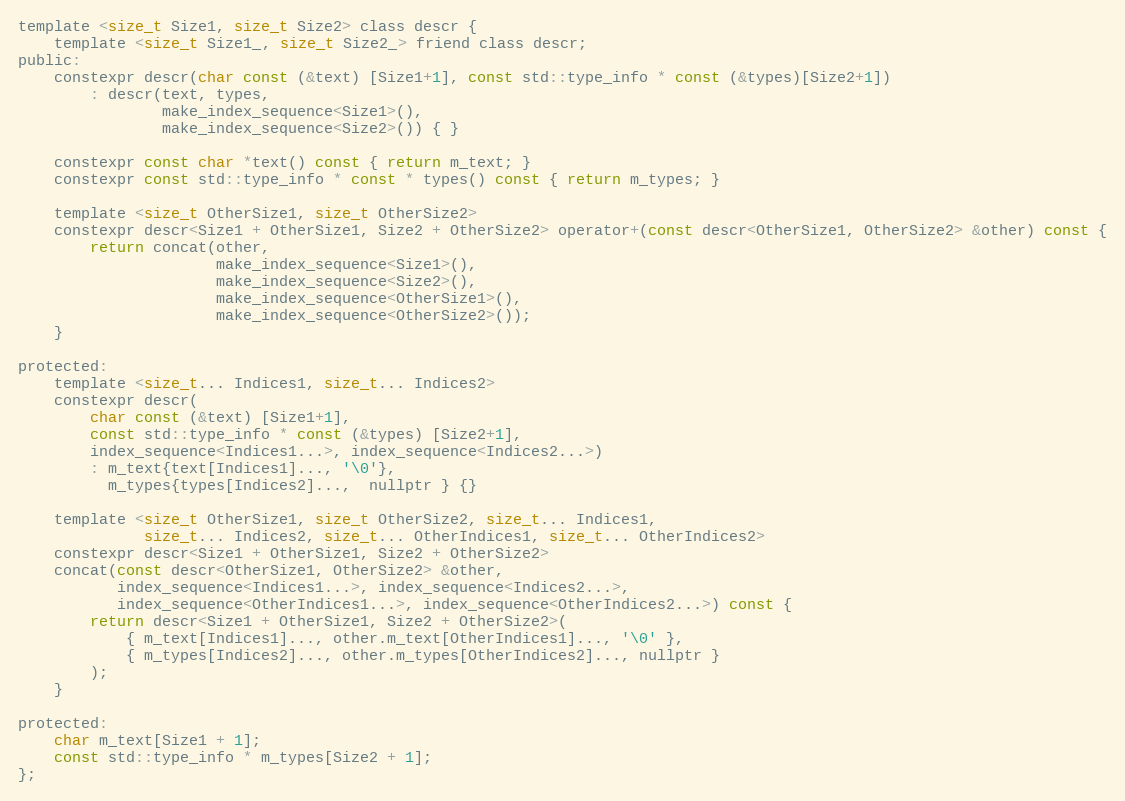
Language: C
template <size_t Size1, size_t Size2> class descr {
    template <size_t Size1_, size_t Size2_> friend class descr;
public:
    constexpr descr(char const (&text) [Size1+1], const std::type_info * const (&types)[Size2+1])
        : descr(text, types,
                make_index_sequence<Size1>(),
                make_index_sequence<Size2>()) { }

    constexpr const char *text() const { return m_text; }
    constexpr const std::type_info * const * types() const { return m_types; }

    template <size_t OtherSize1, size_t OtherSize2>
    constexpr descr<Size1 + OtherSize1, Size2 + OtherSize2> operator+(const descr<OtherSize1, OtherSize2> &other) const {
        return concat(other,
                      make_index_sequence<Size1>(),
                      make_index_sequence<Size2>(),
                      make_index_sequence<OtherSize1>(),
                      make_index_sequence<OtherSize2>());
    }

protected:
    template <size_t... Indices1, size_t... Indices2>
    constexpr descr(
        char const (&text) [Size1+1],
        const std::type_info * const (&types) [Size2+1],
        index_sequence<Indices1...>, index_sequence<Indices2...>)
        : m_text{text[Indices1]..., '\0'},
          m_types{types[Indices2]...,  nullptr } {}

    template <size_t OtherSize1, size_t OtherSize2, size_t... Indices1,
              size_t... Indices2, size_t... OtherIndices1, size_t... OtherIndices2>
    constexpr descr<Size1 + OtherSize1, Size2 + OtherSize2>
    concat(const descr<OtherSize1, OtherSize2> &other,
           index_sequence<Indices1...>, index_sequence<Indices2...>,
           index_sequence<OtherIndices1...>, index_sequence<OtherIndices2...>) const {
        return descr<Size1 + OtherSize1, Size2 + OtherSize2>(
            { m_text[Indices1]..., other.m_text[OtherIndices1]..., '\0' },
            { m_types[Indices2]..., other.m_types[OtherIndices2]..., nullptr }
        );
    }

protected:
    char m_text[Size1 + 1];
    const std::type_info * m_types[Size2 + 1];
};